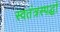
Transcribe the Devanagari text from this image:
स्वतंत्रस्पर्द्धा